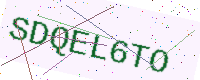
Text: SDQEL6TO